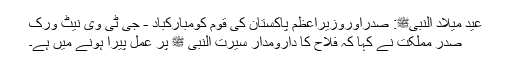
عید میلاد النبیﷺ: صدراوروزیراعظم پاکستان کی قوم کومبارکباد - جی ٹی وی نیٹ ورک
صدر مملکت نے کہا کہ فلاح کا دارومدار سیرت النبی ﷺ پر عمل پیرا ہونے میں ہے۔